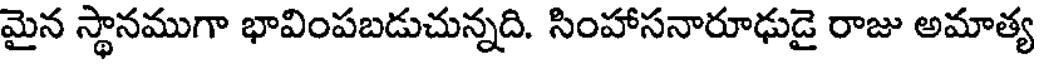
మైన స్థానముగా భావింపబడుచున్నది. సింహాసనారూఢుడై రాజు అమాత్య